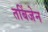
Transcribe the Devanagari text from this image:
तबिंजेन